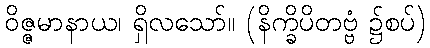
ဝိဇ္ဇမာနာယ၊ ရှိလသော်။ (နိက္ခိပိတဗ္ဗံ ၌စပ်)